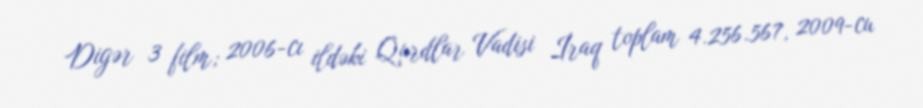
Digər 3 film; 2006-cı ildəki Qurdlar Vadisi İraq toplam 4.256.567, 2009-cu